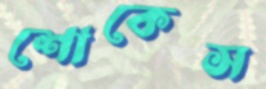
শোকেস